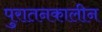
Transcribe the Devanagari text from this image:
पुरातनकालीन